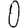
Digit: 0